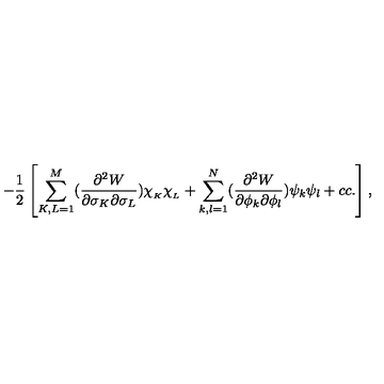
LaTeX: - \frac { 1 } { 2 } \left[ \sum _ { K , L = 1 } ^ { M } ( \frac { \partial ^ { 2 } W } { \partial \sigma _ { K } \partial \sigma _ { L } } ) \chi _ { _ K } \chi _ { _ L } + \sum _ { k , l = 1 } ^ { N } ( \frac { \partial ^ { 2 } W } { \partial \phi _ { k } \partial \phi _ { l } } ) \psi _ { k } \psi _ { l } + c c . \right] ,